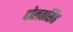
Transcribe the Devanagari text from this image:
दोलतसिंह